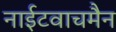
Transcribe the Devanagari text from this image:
नाईटवाचमैन